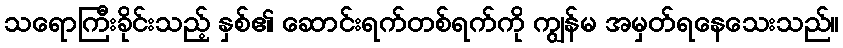
သရောကြီးခိုင်းသည့် နှစ်၏ ဆောင်းရက်တစ်ရက်ကို ကျွန်မ အမှတ်ရနေသေးသည်။